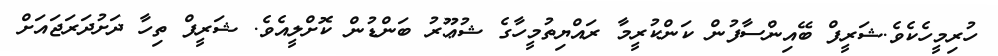
ހުރިމީހެކެވެ.ޝަރީފް ބޭއިންސާފުން ކަންކުރީމާ ރައްޔިތުމީހާގެ ޝުޢޫރު ބަންޑުން ކޮށްލީއެވެ. ޝަރީފް ތިހާ ދަށުދަރަޖައަށް